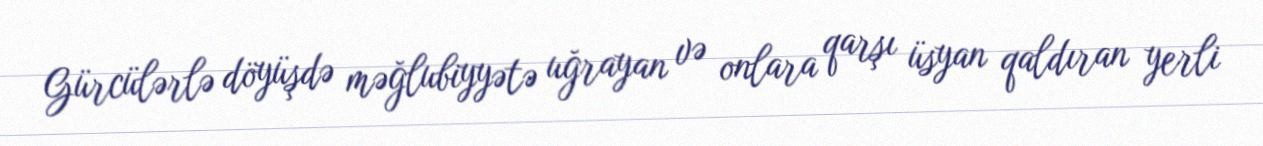
Gürcülərlə döyüşdə məğlubiyyətə uğrayan və onlara qarşı üsyan qaldıran yerli